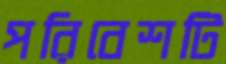
পরিবেশটি